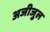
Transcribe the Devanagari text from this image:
अजीजुल